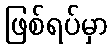
ဖြစ်ရပ်မှာ